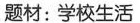
题材:学校生活